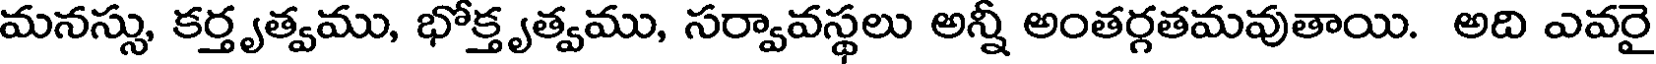
మనస్సు, కర్తృత్వము, భోక్తృత్వము, సర్వావస్థలు అన్నీ అంతర్గతమవుతాయి. అది ఎవరై